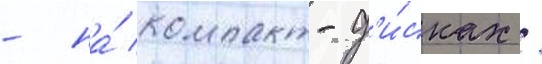
- на́ компакт-д'и́сках /